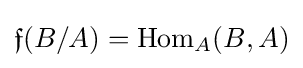
{\mathfrak {f}}(B/A)=\operatorname {Hom} _{A}(B,A)